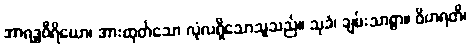
အာရဒ္ဓဝီရိယော၊ အားထုတ်သော လုံလရှိသောသူသည်။ သုခံ၊ ချမ်းသာစွာ။ ဝိဟရတိ၊